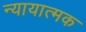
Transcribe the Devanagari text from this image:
न्यायात्मक